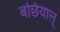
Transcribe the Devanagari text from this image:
बछियाल्